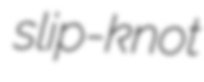
slip-knot